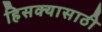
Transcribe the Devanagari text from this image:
हिसक्यासाठी